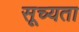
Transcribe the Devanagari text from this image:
सूच्यता